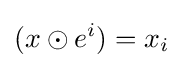
(x\odot e^{i})=x_{i}